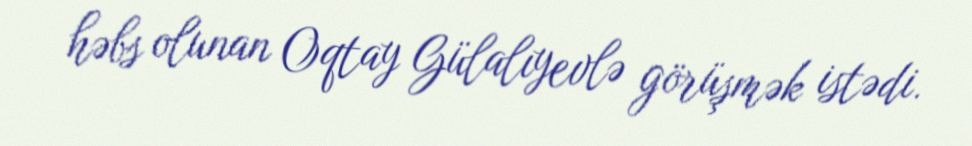
həbs olunan Oqtay Gülalıyevlə görüşmək istədi.